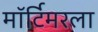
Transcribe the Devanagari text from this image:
मॉर्टिमरला